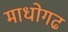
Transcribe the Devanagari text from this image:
माधोगढ